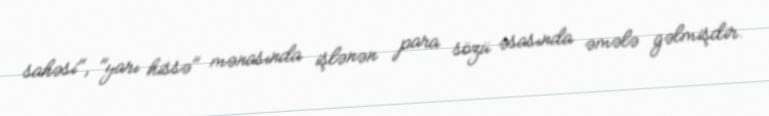
sahəsi", "yarı hissə" mənasında işlənən para sözü əsasında əmələ gəlmişdir.